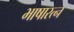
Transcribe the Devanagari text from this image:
भाषारत्न